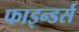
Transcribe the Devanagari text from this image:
फाइन्डर्स